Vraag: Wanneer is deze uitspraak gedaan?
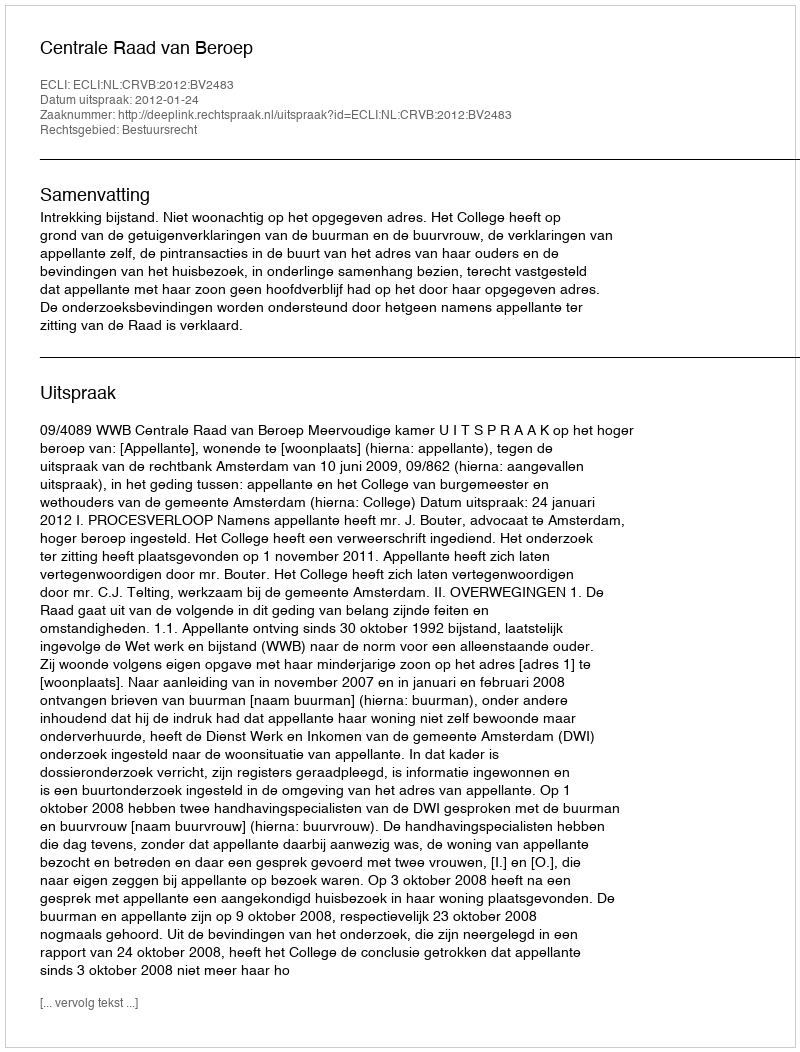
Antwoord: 2012-01-24